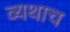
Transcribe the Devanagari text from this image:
व्यथाच